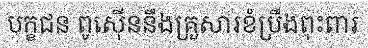
បក្ខជន ពូស៊ើននឹងគ្រួសារខំប្រឹងពុះពារ